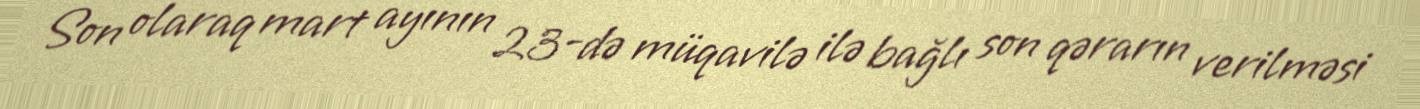
Son olaraq mart ayının 23-də müqavilə ilə bağlı son qərarın verilməsi